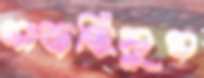
সাজছিলুম